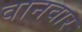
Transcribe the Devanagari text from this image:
वानवार